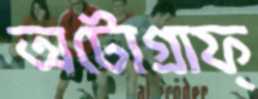
অটোগ্রাফ্‌